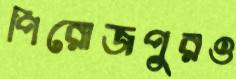
পিরোজপুরও